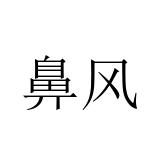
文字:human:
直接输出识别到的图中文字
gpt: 鼻风